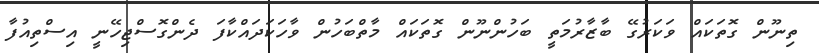
ތިނޫން ގޮތަކައް ވަކަރުގޭ ބާޒާރުމަތީ ބަހުންނޫން ގޮތަކައް މާތްބަހުން ވާހަކަދައްކާފަ ދެންގޮސްޖިހޭނީ އިސްތިއުފާ